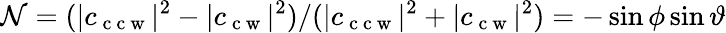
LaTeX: \mathcal{N}=(\vert c_{\mathrm{~c~c~w~}}\vert^{2}-\vert c_{\mathrm{~c~w~}}\vert^{2})/(\vert c_{\mathrm{~c~c~w~}}\vert^{2}+\vert c_{\mathrm{~c~w~}}\vert^{2})=-\sin\phi\sin\vartheta